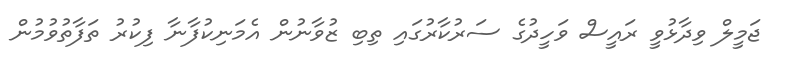
ޖަމީލް ވިދާޅުވީ ރައީސް ވަހީދުގެ ސަރުކާރުގައި ތިބި ޒުވާނުން އެމަނިކުފާނާ ފިކުރު ތަފާތުވުމުން